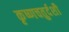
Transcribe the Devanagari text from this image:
कृष्णचतुर्दशी